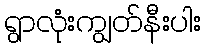
ရွာလုံးကျွတ်နီးပါး